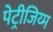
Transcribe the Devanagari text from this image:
पेट्रीजिय्म